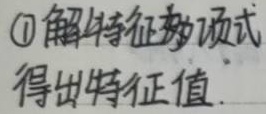
\textcircled{1} 解特征多项式, 得出特征值.